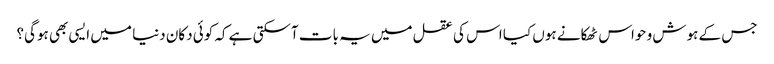
جس کے ہوش و حواس ٹھکانے ہوں کیا اس کی عقل میں یہ بات آسکتی ہے کہ کوئی دکان دنیا میں ایسی بھی ہوگی؟